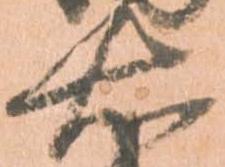
右